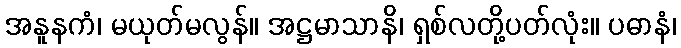
အနူနကံ၊ မယုတ်မလွန်။ အဋ္ဌမာသာနိ၊ ရှစ်လတို့ပတ်လုံး။ ပဓာနံ၊